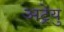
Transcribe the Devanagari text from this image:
अट्रेयु